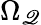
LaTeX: \Omega_{\mathscr{Q}}